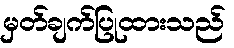
မှတ်ချက်ပြုထားသည်